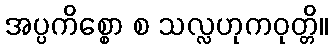
အပ္ပကိစ္စော စ သလ္လဟုကဝုတ္တိ။